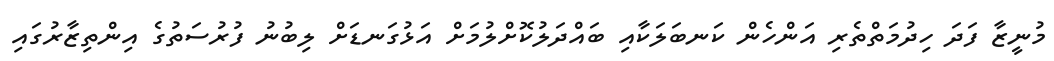
މުނީޒާ ފަދަ ހިދުމަތްތެރި އަންހެން ކަނބަލަކާއި ބައްދަލުކޮށްލުމަށް އަޅުގަނޑަށް ލިބުނު ފުރުސަތުގެ އިންތިޒާރުގައި